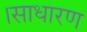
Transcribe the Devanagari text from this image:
।साधारण